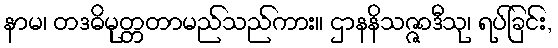
နာမ၊ တဒဓိမုတ္တတာမည်သည်ကား။ ဌာနနိသဇ္ဇာဒီသု၊ ရပ်ခြင်း,